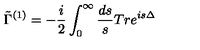
\tilde { \Gamma } ^ { ( 1 ) } = - \frac { i } { 2 } \int _ { 0 } ^ { \infty } \frac { d s } { s } T r e ^ { i s \Delta }